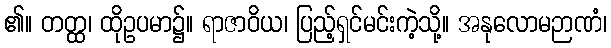
၏။ တတ္ထ၊ ထိုဥပမာ၌။ ရာဇာဝိယ၊ ပြည့်ရှင်မင်းကဲ့သို့။ အနုလောမဉာဏံ၊